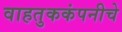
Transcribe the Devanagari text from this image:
वाहतुककंपनीचे